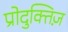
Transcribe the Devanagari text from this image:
प्रोदुक्तिज़